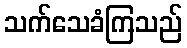
သက်သေခံကြသည်